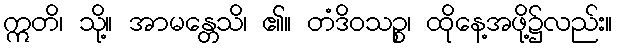
ဣတိ၊ သို့။ အာမန္တေသိ၊ ၏။ တံဒိဝသဉ္စ၊ ထိုနေ့အဖို့၌လည်း။